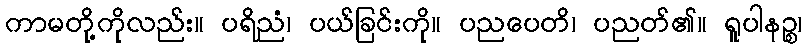
ကာမတို့ကိုလည်း။ ပရိညံ၊ ပယ်ခြင်းကို။ ပညပေတိ၊ ပညတ်၏။ ရူပါနဉ္စ၊